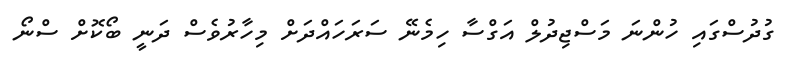
ގުދުސްގައި ހުންނަ މަސްޖިދުލް އަގްސާ ހިމެނޭ ސަރަހައްދަށް މިހާރުވެސް ދަނީ ބޯކޮށް ސްނޯ